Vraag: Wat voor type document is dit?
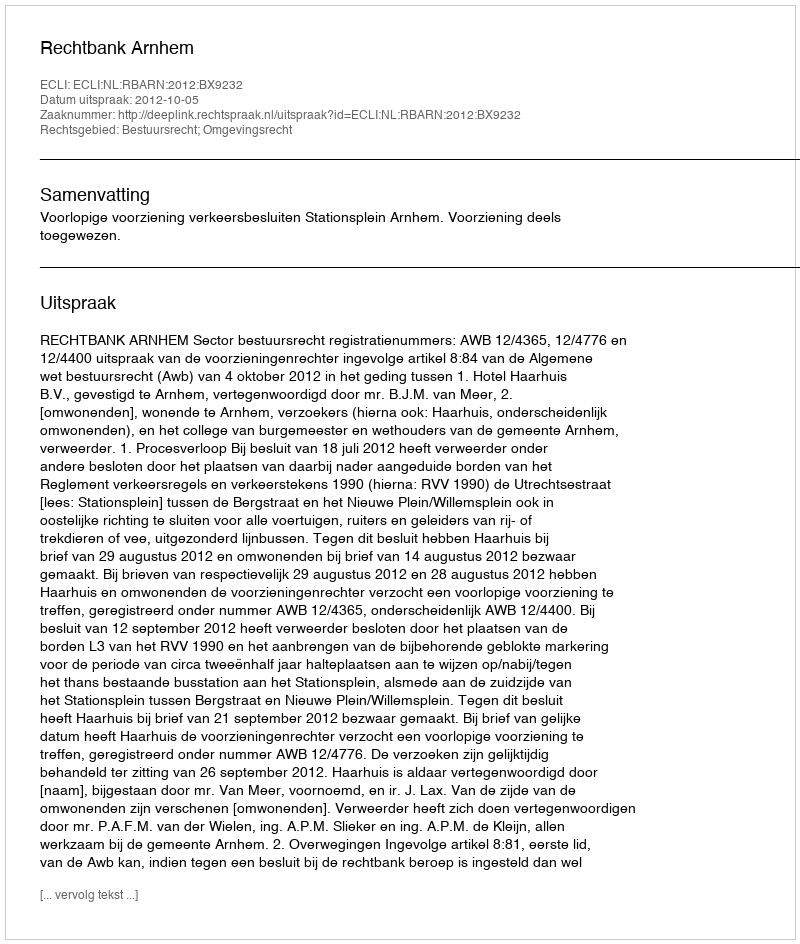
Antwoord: Uitspraak